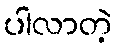
ပါလာတဲ့